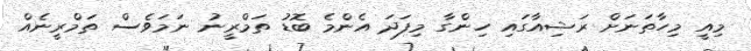
މިއީ މިހާތަނަށް ރަޝިއާގައި ހިންގާ މިފަދަ އެންމެ ބޮޑު ތަމްރީނު ނަމަވެސް ތަމްރީނެއް